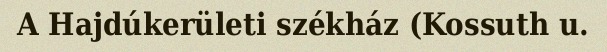
A Hajdúkerületi székház (Kossuth u.